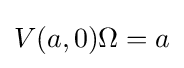
V(a,0)\Omega =a